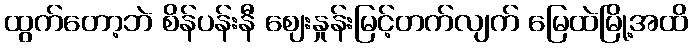
ထွက်တော့ဘဲ စိန်ပန်းနီ ဈေးနှုန်းမြင့်တက်လျက် မြေထဲမြို့အထိ